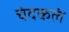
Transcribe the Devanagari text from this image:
चंदकलं